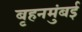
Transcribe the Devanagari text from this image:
बृहनमुंबई